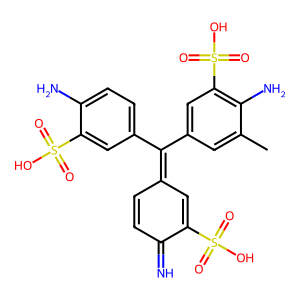
SMILES: Cc1cc(C(=C2C=CC(=N)C(S(=O)(=O)O)=C2)c2ccc(N)c(S(=O)(=O)O)c2)cc(S(=O)(=O)O)c1N
Inhibits HIV replication: No